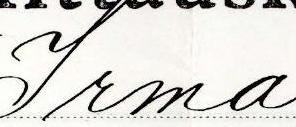
Irma